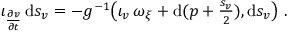
\begin{array} { r } { \iota _ { \frac { \partial v } { \partial t } } \, \mathrm { d } s _ { v } = - g ^ { - 1 } \big ( \iota _ { v } \, \omega _ { \xi } + \mathrm { d } ( p + \frac { s _ { v } } 2 ) , \mathrm { d } s _ { v } \big ) \ . } \end{array}